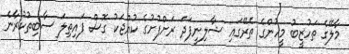
މާލޭގެ ތަހުޒީބު މީހުންގެ ތެރޭގައި ޝާލިނީފަދަ ރަށްފުށުގެ ކުއްޖަކު ގޮސް ފައިތިލަ ސާބިތުކުރާނެ